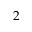
2